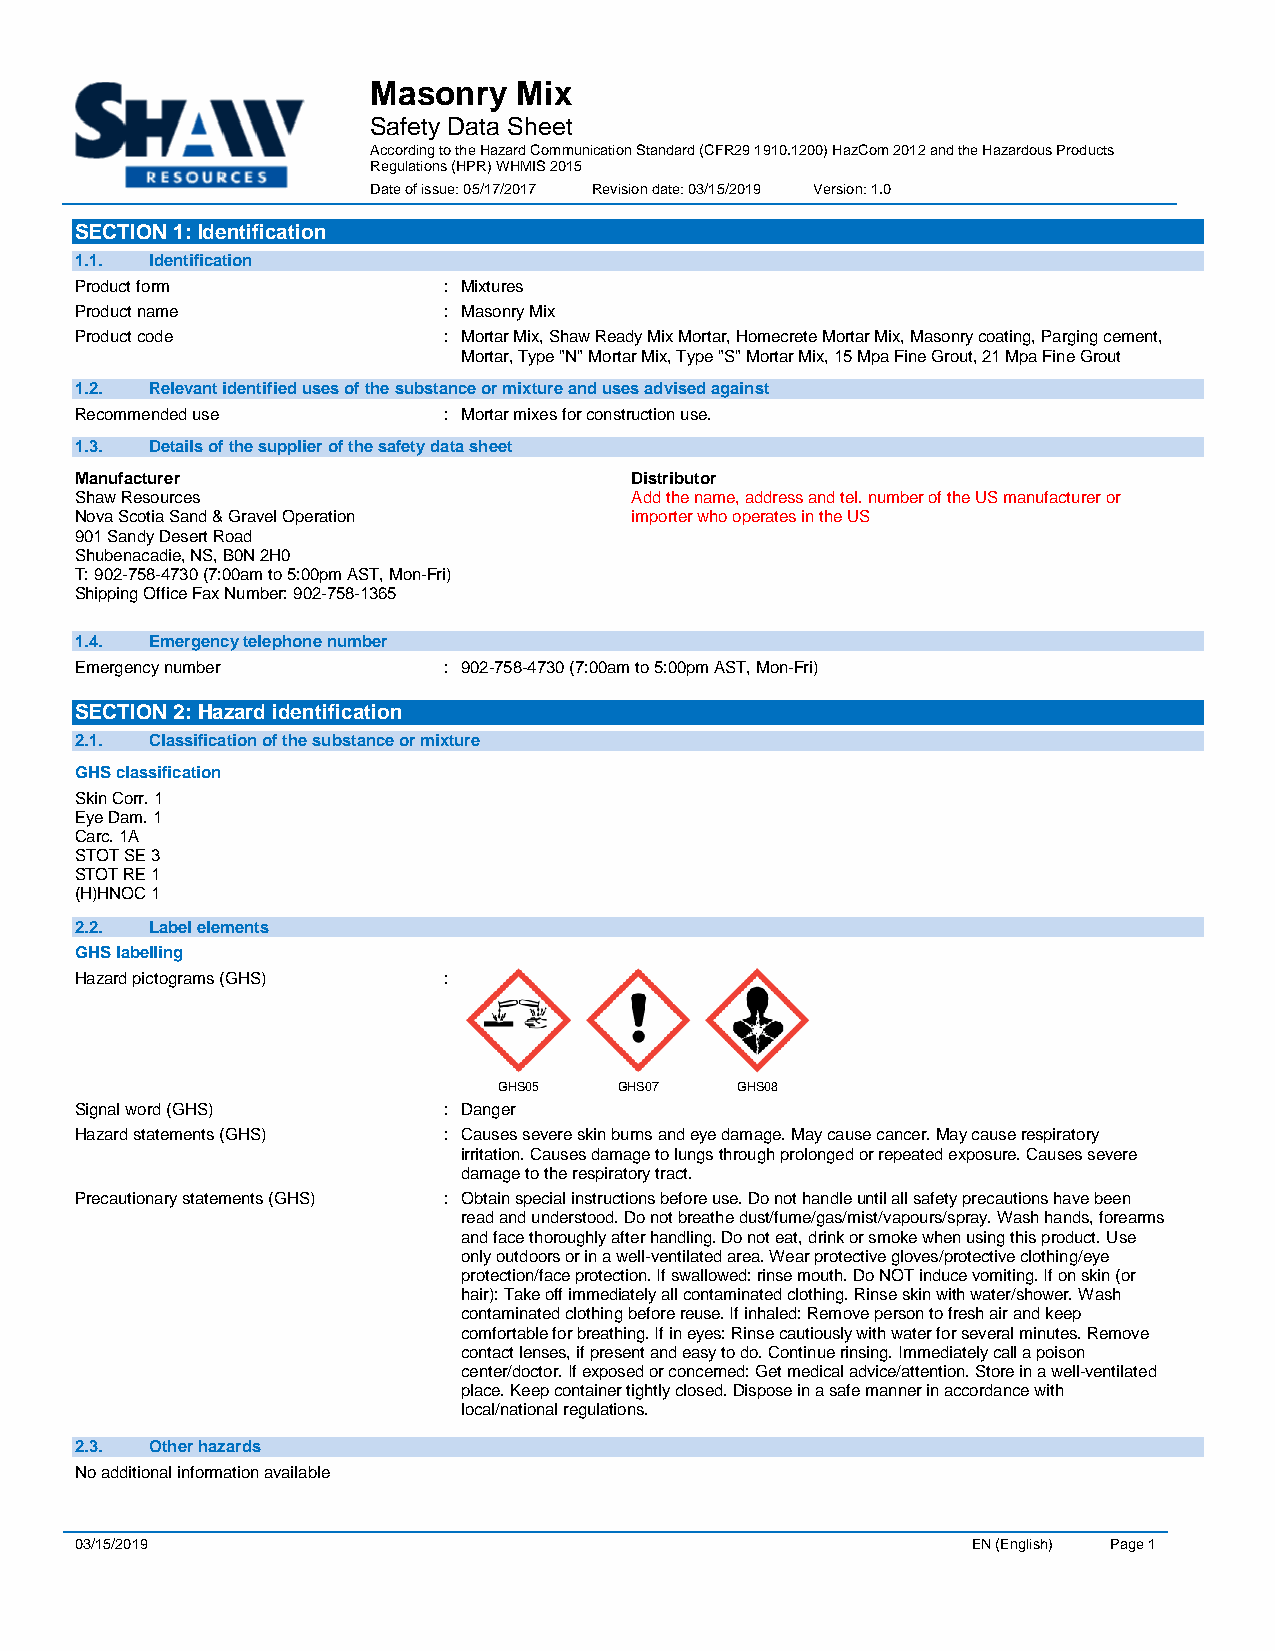
Masonry  Mix
 Safety Data Sheet
 According to the Hazard Communication Standard (CFR29 1910.1200) HazCom 2012 and the Hazardous Products
 Regulations (HPR) WHMIS 2015
 Date of issue: 05/17/2017 Revision date: 03/15/2019 Version: 1.0
 SECTION 1: Identification
 1.1. Identification
 Product form            : Mixtures
 Product name            : Masonry Mix
 Product code            : Mortar Mix, Shaw Ready Mix Mortar, Homecrete Mortar Mix, Masonry coating, Parging cement,
 Mortar, Type "N" Mortar Mix, Type "S" Mortar Mix, 15 Mpa Fine Grout, 21 Mpa Fine Grout
 1.2. Relevant identified uses of the substance or mixture and uses advised against
 Recommended use         : Mortar mixes for construction use.
 1.3. Details of the supplier of the safety data sheet
 Manufacturer                         Distributor
 Shaw Resources                       Add the name, address and tel. number of the US manufacturer or
 Nova Scotia Sand & Gravel Operation  importer who operates in the US
 901 Sandy Desert Road
 Shubenacadie, NS, B0N 2H0
 T: 902-758-4730 (7:00am to 5:00pm AST, Mon-Fri)
 Shipping Office Fax Number: 902-758-1365
 1.4. Emergency telephone number
 Emergency number        : 902-758-4730 (7:00am to 5:00pm AST, Mon-Fri)
 SECTION 2: Hazard identification
 2.1. Classification of the substance or mixture
 GHS classification
 Skin Corr. 1
 Eye Dam. 1
 Carc. 1A
 STOT SE 3
 STOT RE 1
 (H)HNOC 1
 2.2. Label elements
 GHS labelling
 Hazard pictograms (GHS) :
 GHS05   GHS07   GHS08
 Signal word (GHS)       : Danger
 Hazard statements (GHS) : Causes severe skin burns and eye damage. May cause cancer. May cause respiratory
 irritation. Causes damage to lungs through prolonged or repeated exposure. Causes severe
 damage to the respiratory tract.
 Precautionary statements (GHS) : Obtain special instructions before use. Do not handle until all safety precautions have been
 read and understood. Do not breathe dust/fume/gas/mist/vapours/spray. Wash hands, forearms
 and face thoroughly after handling. Do not eat, drink or smoke when using this product. Use
 only outdoors or in a well-ventilated area. Wear protective gloves/protective clothing/eye
 protection/face protection. If swallowed: rinse mouth. Do NOT induce vomiting. If on skin (or
 hair): Take off immediately all contaminated clothing. Rinse skin with water/shower. Wash
 contaminated clothing before reuse. If inhaled: Remove person to fresh air and keep
 comfortable for breathing. If in eyes: Rinse cautiously with water for several minutes. Remove
 contact lenses, if present and easy to do. Continue rinsing. Immediately call a poison
 center/doctor. If exposed or concerned: Get medical advice/attention. Store in a well-ventilated
 place. Keep container tightly closed. Dispose in a safe manner in accordance with
 local/national regulations.
 2.3. Other hazards
 No additional information available
 03/15/2019                                                 EN (English) Page 1